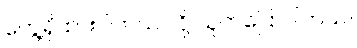
တွေ့ရှိထားပါတယ် လို့ သူကပြောပါတယ်။